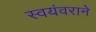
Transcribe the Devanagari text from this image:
स्वयंवराने